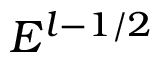
E ^ { l - 1 / 2 }